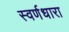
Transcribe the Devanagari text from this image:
स्वर्णधारा